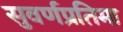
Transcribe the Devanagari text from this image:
सुवर्णप्रतिमा